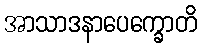
အာသာဒနာပေက္ခောတိ